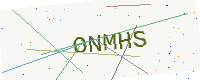
Text: ONMHS